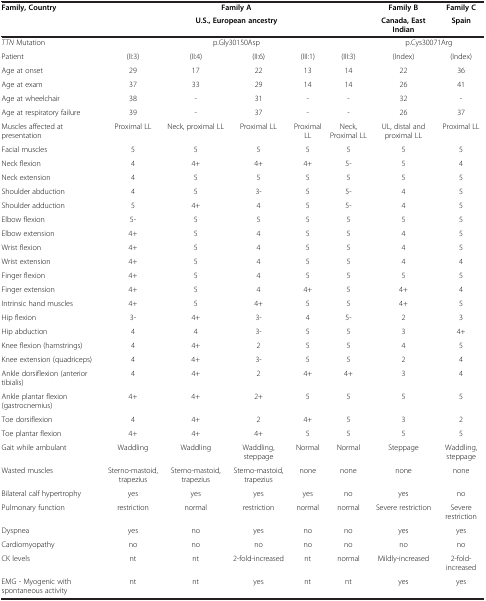
<table><thead><tr><td rowspan="2"><b>Family, Country</b></td><td colspan="5"><b>Family A</b></td><td><b>Family B</b></td><td><b>Family C</b></td></tr><tr><td colspan="5"><b>U.S., European ancestry</b></td><td><b>Canada, East Indian</b></td><td><b>Spain</b></td></tr></thead><tbody><tr><td><i>TTN</i> Mutation</td><td colspan="5">p.Gly30150Asp</td><td colspan="2">p.Cys30071Arg</td></tr><tr><td>Patient</td><td>(II:3)</td><td>(II:4)</td><td>(II:6)</td><td>(III:1)</td><td>(III:3)</td><td>(Index)</td><td>(Index)</td></tr><tr><td>Age at onset</td><td>29</td><td>17</td><td>22</td><td>13</td><td>14</td><td>22</td><td>36</td></tr><tr><td>Age at exam</td><td>37</td><td>33</td><td>29</td><td>14</td><td>14</td><td>26</td><td>41</td></tr><tr><td>Age at wheelchair</td><td>38</td><td>-</td><td>31</td><td>-</td><td>-</td><td>32</td><td>-</td></tr><tr><td>Age at respiratory failure</td><td>39</td><td>-</td><td>37</td><td>-</td><td>-</td><td>26</td><td>37</td></tr><tr><td>Muscles affected at presentation</td><td>Proximal LL</td><td>Neck, proximal LL</td><td>Proximal LL</td><td>Proximal LL</td><td>Neck, Proximal LL</td><td>UL, distal and proximal LL</td><td>Proximal LL</td></tr><tr><td>Facial muscles</td><td>5</td><td>5</td><td>5</td><td>5</td><td>5</td><td>5</td><td>5</td></tr><tr><td>Neck flexion</td><td>4</td><td>4+</td><td>4+</td><td>4+</td><td>5-</td><td>5</td><td>4</td></tr><tr><td>Neck extension</td><td>4</td><td>5</td><td>5</td><td>5</td><td>5</td><td>5</td><td>5</td></tr><tr><td>Shoulder abduction</td><td>4</td><td>5</td><td>3-</td><td>5</td><td>5-</td><td>4</td><td>5</td></tr><tr><td>Shoulder adduction</td><td>5</td><td>4+</td><td>4</td><td>5</td><td>5-</td><td>4</td><td>5</td></tr><tr><td>Elbow flexion</td><td>5-</td><td>5</td><td>5</td><td>5</td><td>5</td><td>5</td><td>5</td></tr><tr><td>Elbow extension</td><td>4+</td><td>5</td><td>4</td><td>5</td><td>5</td><td>4</td><td>5</td></tr><tr><td>Wrist flexion</td><td>4+</td><td>5</td><td>4</td><td>5</td><td>5</td><td>4</td><td>5</td></tr><tr><td>Wrist extension</td><td>4+</td><td>5</td><td>4</td><td>5</td><td>5</td><td>4</td><td>4</td></tr><tr><td>Finger flexion</td><td>4+</td><td>5</td><td>4</td><td>5</td><td>5</td><td>5</td><td>5</td></tr><tr><td>Finger extension</td><td>4+</td><td>5</td><td>4</td><td>4+</td><td>5</td><td>4+</td><td>4</td></tr><tr><td>Intrinsic hand muscles</td><td>4+</td><td>5</td><td>4+</td><td>5</td><td>5</td><td>4+</td><td>5</td></tr><tr><td>Hip flexion</td><td>3-</td><td>4+</td><td>3-</td><td>4</td><td>5-</td><td>2</td><td>3</td></tr><tr><td>Hip abduction</td><td>4</td><td>4</td><td>3-</td><td>5</td><td>5</td><td>3</td><td>4+</td></tr><tr><td>Knee flexion (hamstrings)</td><td>4</td><td>4+</td><td>2</td><td>5</td><td>5</td><td>4</td><td>5</td></tr><tr><td>Knee extension (quadriceps)</td><td>4</td><td>4+</td><td>3-</td><td>5</td><td>5</td><td>2</td><td>4</td></tr><tr><td>Ankle dorsiflexion (anterior tibialis)</td><td>4</td><td>4+</td><td>2</td><td>4+</td><td>4+</td><td>3</td><td>4</td></tr><tr><td>Ankle plantar flexion (gastrocnemius)</td><td>4+</td><td>4+</td><td>2+</td><td>5</td><td>5</td><td>5</td><td>5</td></tr><tr><td>Toe dorsiflexion</td><td>4</td><td>4+</td><td>2</td><td>4+</td><td>5</td><td>3</td><td>2</td></tr><tr><td>Toe plantar flexion</td><td>4+</td><td>4+</td><td>4+</td><td>5</td><td>5</td><td>5</td><td>5</td></tr><tr><td>Gait while ambulant</td><td>Waddling</td><td>Waddling</td><td>Waddling, steppage</td><td>Normal</td><td>Normal</td><td>Steppage</td><td>Waddling, steppage</td></tr><tr><td>Wasted muscles</td><td>Sterno-mastoid, trapezius</td><td>Sterno-mastoid, trapezius</td><td>Sterno-mastoid, trapezius</td><td>none</td><td>none</td><td>none</td><td>none</td></tr><tr><td>Bilateral calf hypertrophy</td><td>yes</td><td>yes</td><td>yes</td><td>yes</td><td>no</td><td>yes</td><td>no</td></tr><tr><td>Pulmonary function</td><td>restriction</td><td>normal</td><td>restriction</td><td>normal</td><td>normal</td><td>Severe restriction</td><td>Severe restriction</td></tr><tr><td>Dyspnea</td><td>yes</td><td>no</td><td>yes</td><td>no</td><td>no</td><td>yes</td><td>yes</td></tr><tr><td>Cardiomyopathy</td><td>no</td><td>no</td><td>no</td><td>no</td><td>no</td><td>no</td><td>no</td></tr><tr><td>CK levels</td><td>nt</td><td>nt</td><td>2-fold-increased</td><td>nt</td><td>normal</td><td>Mildly-increased</td><td>2-fold-increased</td></tr><tr><td>EMG - Myogenic with spontaneous activity</td><td>nt</td><td>nt</td><td>yes</td><td>nt</td><td>nt</td><td>yes</td><td>yes</td></tr></tbody></table>